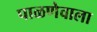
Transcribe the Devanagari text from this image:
पाळणेवाला